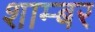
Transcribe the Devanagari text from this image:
शाम्बर